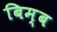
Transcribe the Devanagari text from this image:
बिम्‍ब